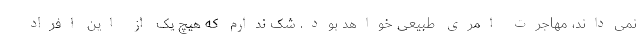
نمی‌داند، مهاجرت امری طبیعی خواهد بود. شک ندارم که هیچ یک از این افراد